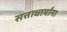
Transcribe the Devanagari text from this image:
सत्ताधार्यांना